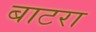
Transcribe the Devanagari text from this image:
बाटरा